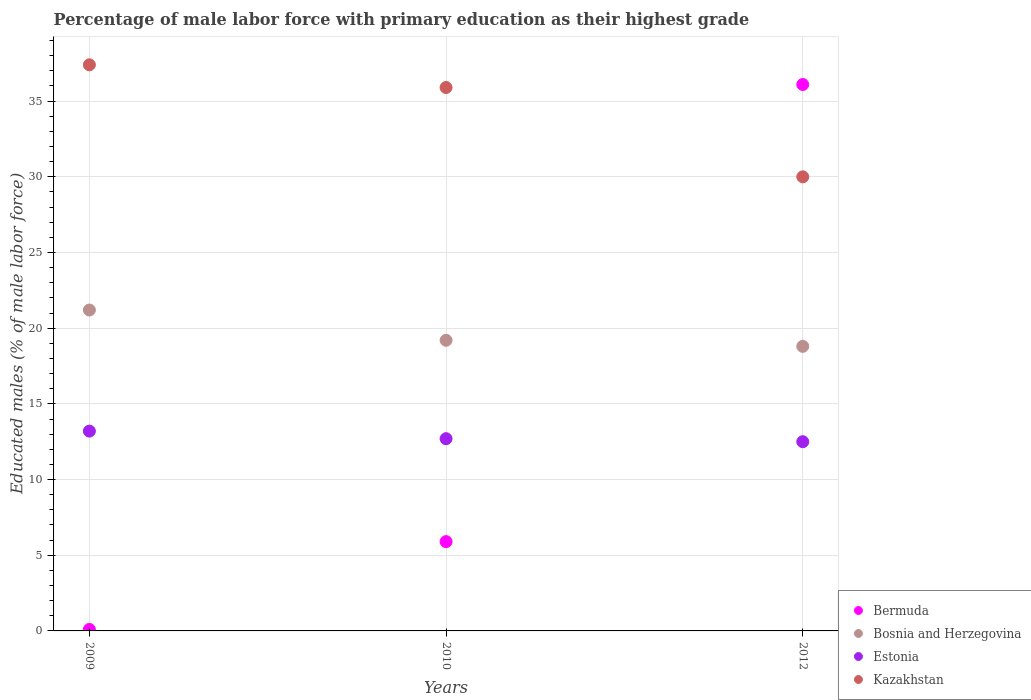
| Years | Bermuda | Bosnia and Herzegovina | Estonia | Kazakhstan |
 | --- | --- | --- | --- | --- |
 | 2009 | 0.1 | 21.2 | 13.2 | 37.4 |
 | 2010 | 5.9 | 19.2 | 12.7 | 35.9 |
 | 2012 | 36.1 | 18.8 | 12.5 | 30 |